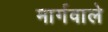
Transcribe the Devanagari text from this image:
मार्गवाले